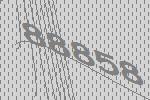
88858